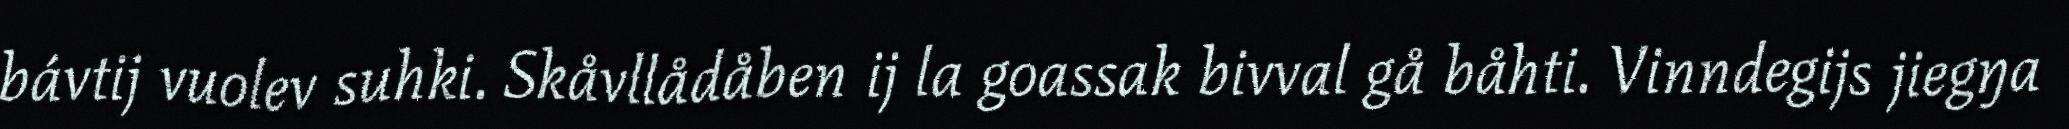
bávtij vuolev suhki. Skåvllådåben ij la goassak bivval gå båhti. Vinndegijs jiegŋa